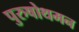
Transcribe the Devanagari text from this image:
पुरुषोथमन